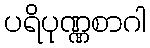
ပရိပုဏ္ဏစာဂါ